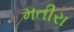
મતીરા